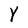
Character: Y